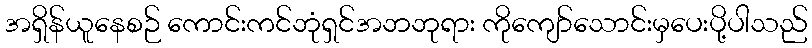
အရှိန်ယူနေစဉ် ကောင်းကင်ဘုံရှင်အဘဘုရား ကိုကျော်သောင်းမှပေးပို့ပါသည်